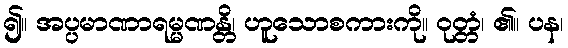
၍။ အပ္ပမာဏာရမ္မဏန္တိ၊ ဟူသောစကားကို။ ဝုတ္တံ၊ ၏။ ပန၊